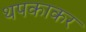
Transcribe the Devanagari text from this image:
थपकाकर